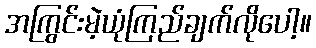
အကြွင်းမဲ့ယုံကြည်ချက်လိုပေါ့။